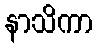
နာသိကာ